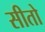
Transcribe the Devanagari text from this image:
सीतो